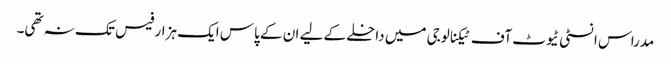
مدراس انسٹی ٹیوٹ آف ٹیکنالوجی میں داخلے کے لیے ان کے پاس ایک ہزار فیس تک نہ تھی۔